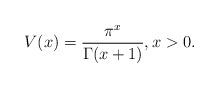
LaTeX: \begin{align*}V(x)=\frac{\pi^x}{\Gamma(x+1)},x>0.\end{align*}